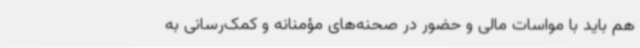
هم باید با مواسات مالی و حضور در صحنه‌های مؤمنانه و کمک‌رسانی به